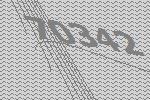
70342